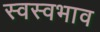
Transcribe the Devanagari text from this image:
स्वस्वभाव